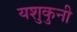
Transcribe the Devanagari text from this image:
यशुकुनी